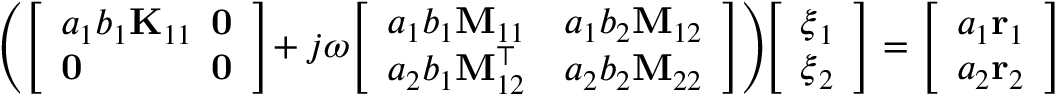
\begin{array} { r } { \! \left( \left[ \begin{array} { l l } { a _ { 1 } b _ { 1 } \mathbf { K } _ { 1 1 } } & { \! \! \! \mathbf { 0 } } \\ { \mathbf { 0 } } & { \! \! \! \mathbf { 0 } } \end{array} \right] \! + j \omega \! \left[ \begin{array} { l l } { a _ { 1 } b _ { 1 } \mathbf { M } _ { 1 1 } } & { a _ { 1 } b _ { 2 } \mathbf { M } _ { 1 2 } } \\ { a _ { 2 } b _ { 1 } \mathbf { M } _ { 1 2 } ^ { \top } } & { a _ { 2 } b _ { 2 } \mathbf { M } _ { 2 2 } } \end{array} \right] \right) \! \! \left[ \begin{array} { l } { \boldsymbol { \xi } _ { 1 } } \\ { \boldsymbol { \xi } _ { 2 } } \end{array} \right] = \left[ \begin{array} { l } { a _ { 1 } \mathbf { r } _ { 1 } } \\ { a _ { 2 } \mathbf { r } _ { 2 } } \end{array} \right] } \end{array}